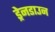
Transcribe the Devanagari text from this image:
ड्रेनडाउन